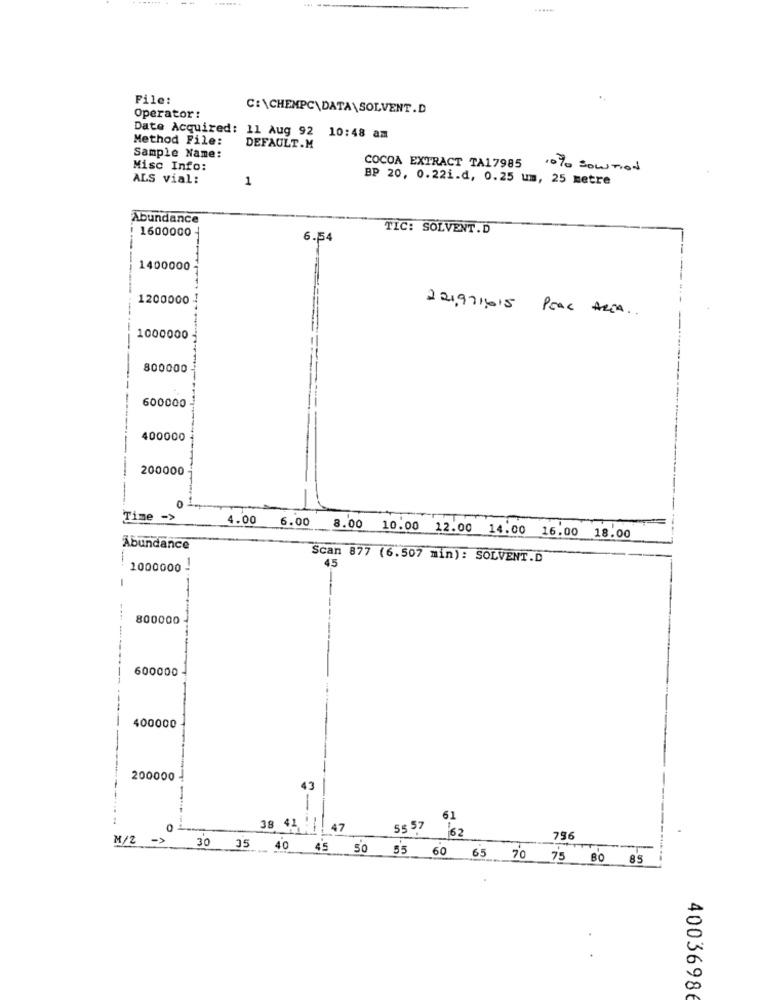
File:
C:\CHEMPC\DATA\SOLVENT.D
Operator:
Date Acquired: 11 Aug 92 10:48 am
Method File:
DEFAULT.M
Sample Name:
Misc Info:
COCOA EXTRACT TA17985
10% SOLUTION
ALS vial:
1
BP 20, 0.22i.d, 0.25 um, 25 metre
Abundance
1600000
TIC: SOLVENT.D
6.54
1400000
-------
1200000
221,971,615 PEAL AREA ..
1000000
800000
600000
400000
200000
-----
0
Time ->
4.00
6.00
8.00 10.00 12.00 14.00
16.00 18.00
Abundance
-
Scan 877 (6.507 min): SOLVENT.D
45
1000000 -
800000
------
600000
400000
200000
43
1
38 41 : 47
55 57
M/2
756
30 35 40 45 50 55 60 65 70 75 80 85
40036986